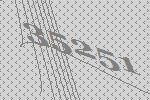
35251